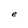
Character: e